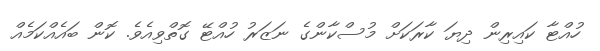
ހުއްޓާ ކައިރިން ދިޔަ ކާރަކަށް މުސްކާންގެ ނަޒަރު ހުއްޓޭ ގޮތްވިއެވެ. ކޮން ބައެއްކަމެއް